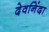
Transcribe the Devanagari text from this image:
देवनिंदा